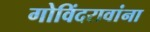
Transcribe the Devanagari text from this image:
गोविंदरावांना